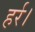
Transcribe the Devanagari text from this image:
हर्र।